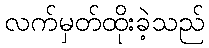
လက်မှတ်ထိုးခဲ့သည်